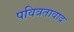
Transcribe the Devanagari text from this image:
पवित्रतावाद